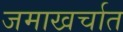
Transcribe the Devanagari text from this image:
जमाखर्चात